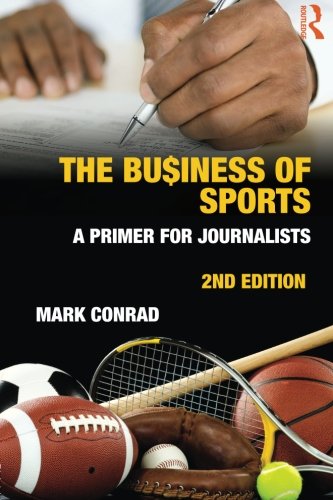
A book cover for The Business of Sports: A Primer for Journalists (Communication); Mark Conrad; Sports & Outdoors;